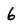
Character: 6